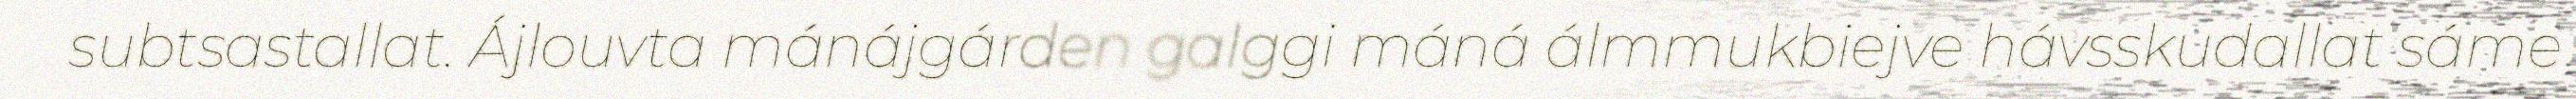
subtsastallat. Ájlouvta mánájgárden galggi máná álmmukbiejve hávsskudallat sáme